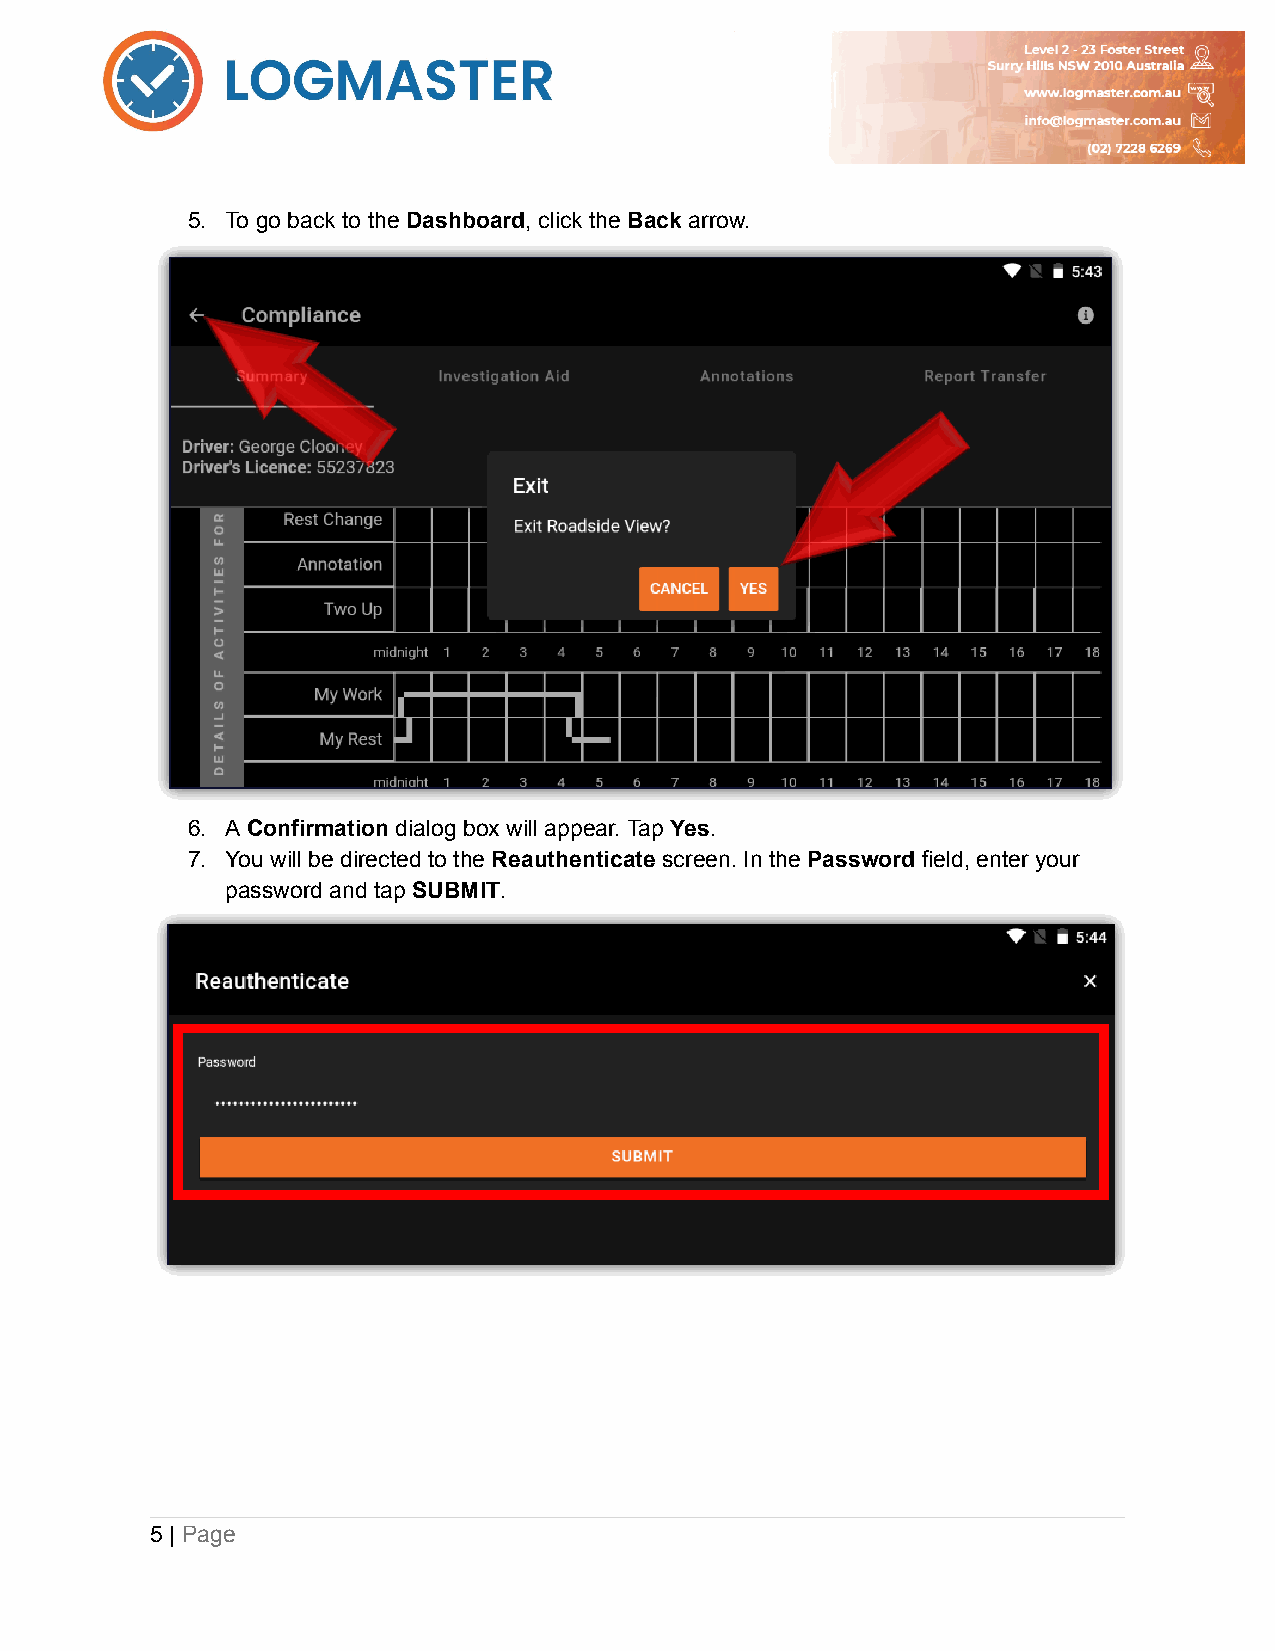
5. To go back to the Dashboard, click the Back arrow.
 6. A Confirmation dialog box will appear. Tap Yes.
 7. You will be directed to the Reauthenticate screen. In the Password field, enter your
 password and tap SUBMIT.
 5 | Page